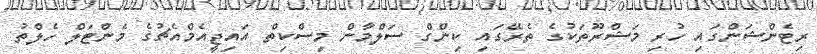
ރިޓެންޝަންގައި ހުރި މަޝްރޫތަކުގެ ތެރޭގައި ކިންގް ސަލްމާން މިސްކިތް އައިޖީއެމްއެޗުގެ މެންޓަލް ހެލްތު